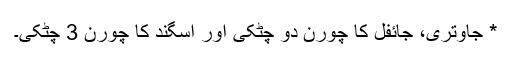
* جاوتری، جائفل کا چورن دو چٹکی اور اسگند کا چورن 3 چٹکی۔